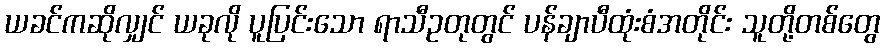
ယခင်ကဆိုလျှင် ယခုလို ပူပြင်းသော ရာသီဥတုတွင် ပန်ချာပီထုံးစံအတိုင်း သူတို့တစ်တွေ